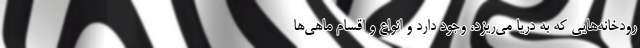
رودخانه‌هایی که به دریا می‌ریزد، وجود دارد و انواع و اقسام ماهی‌ها